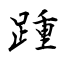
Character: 踵